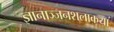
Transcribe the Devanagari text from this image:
ज्ञानाञ्जनशलाकया